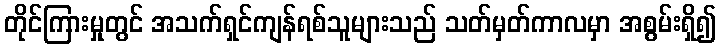
တိုင်ကြားမှုတွင် အသက်ရှင်ကျန်ရစ်သူများသည် သတ်မှတ်ကာလမှာ အစွမ်းရှိ၍